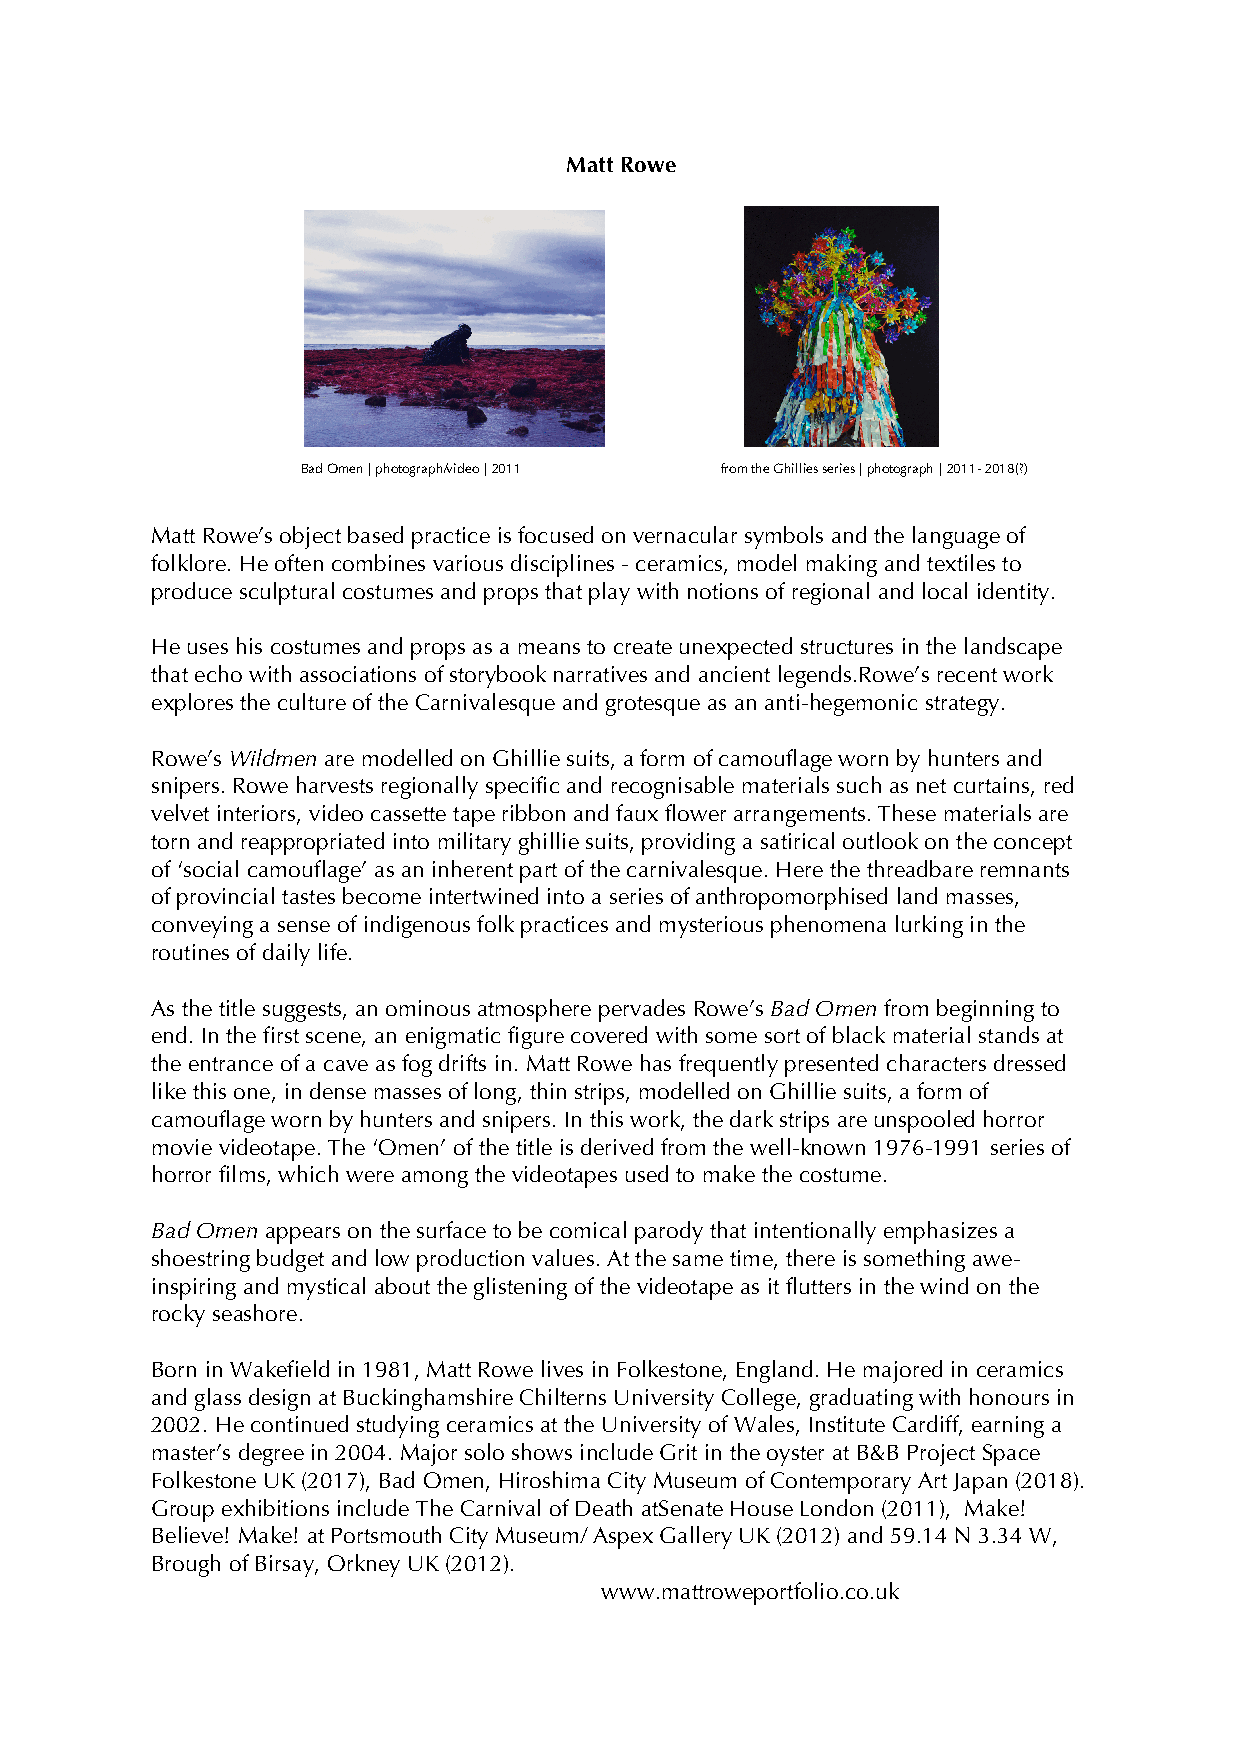
Matt Rowe
 Bad Omen | photograph/video | 2011 from the Ghillies series | photograph | 2011- 2018(?)
 Matt Rowe’s object based practice is focused on vernacular symbols and the language of
 folklore. He often combines various disciplines - ceramics, model making and textiles to
 produce sculptural costumes and props that play with notions of regional and local identity.
 He uses his costumes and props as a means to create unexpected structures in the landscape
 that echo with associations of storybook narratives and ancient legends.Rowe’s recent work
 explores the culture of the Carnivalesque and grotesque as an anti-hegemonic strategy.
 Rowe’s Wildmen are modelled on Ghillie suits, a form of camouflage worn by hunters and
 snipers. Rowe harvests regionally specific and recognisable materials such as net curtains, red
 velvet interiors, video cassette tape ribbon and faux flower arrangements. These materials are
 torn and reappropriated into military ghillie suits, providing a satirical outlook on the concept
 of ‘social camouflage’ as an inherent part of the carnivalesque. Here the threadbare remnants
 of provincial tastes become intertwined into a series of anthropomorphised land masses,
 conveying a sense of indigenous folk practices and mysterious phenomena lurking in the
 routines of daily life.
 As the title suggests, an ominous atmosphere pervades Rowe’s Bad Omen from beginning to
 end. In the first scene, an enigmatic figure covered with some sort of black material stands at
 the entrance of a cave as fog drifts in. Matt Rowe has frequently presented characters dressed
 like this one, in dense masses of long, thin strips, modelled on Ghillie suits, a form of
 camouflage worn by hunters and snipers. In this work, the dark strips are unspooled horror
 movie videotape. The ‘Omen’ of the title is derived from the well-known 1976-1991 series of
 horror films, which were among the videotapes used to make the costume.
 Bad Omen appears on the surface to be comical parody that intentionally emphasizes a
 shoestring budget and low production values. At the same time, there is something awe-
 inspiring and mystical about the glistening of the videotape as it flutters in the wind on the
 rocky seashore.
 Born in Wakefield in 1981, Matt Rowe lives in Folkestone, England. He majored in ceramics
 and glass design at Buckinghamshire Chilterns University College, graduating with honours in
 2002. He continued studying ceramics at the University of Wales, Institute Cardiff, earning a
 master’s degree in 2004. Major solo shows include Grit in the oyster at B&B Project Space
 Folkestone UK (2017), Bad Omen, Hiroshima City Museum of Contemporary Art Japan (2018).
 Group exhibitions include The Carnival of Death atSenate House London (2011), Make!
 Believe! Make! at Portsmouth City Museum/ Aspex Gallery UK (2012) and 59.14 N 3.34 W,
 Brough of Birsay, Orkney UK (2012).
 www.mattroweportfolio.co.uk